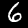
Digit: 6